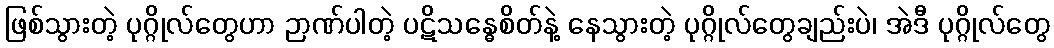
ဖြစ်သွားတဲ့ ပုဂ္ဂိုလ်တွေဟာ ဉာဏ်ပါတဲ့ ပဋိသန္ဓေစိတ်နဲ့ နေသွားတဲ့ ပုဂ္ဂိုလ်တွေချည်းပဲ၊ အဲဒီ ပုဂ္ဂိုလ်တွေ